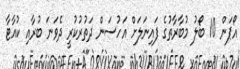
އޯޕަން 10 ބޯލު މުބާރާތުގެ ފައިނަލަށް އަހުސަން ދަތުރުކުރީ ދެވަނަ ބުރާއި ކުއާޓާ